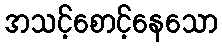
အသင့်စောင့်နေသော